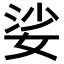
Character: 娑